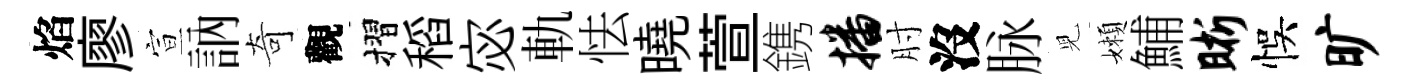
焰廖宣訥奇觀摺稻宓軌怯曉萱鎸播肘沒脉児嬾鯆晰悞旷